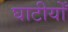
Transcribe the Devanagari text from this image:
घाटीयोँ